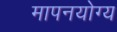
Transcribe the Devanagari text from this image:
मापनयोग्य